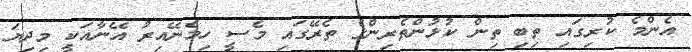
އެންމެ ކުރިގައި ތިބި ތިން ކުޅުންތެރިންގެ ތެރޭގައި މެސީ ހިމެނޭއިރު އޭނާއަކީ މިދިޔަ